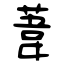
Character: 葦